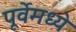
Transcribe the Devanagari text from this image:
पूर्वेमध्ये